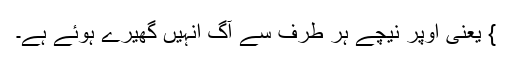
} یعنی اُوپر نیچے ہر طرف سے آگ انہیں گھیرے ہوئے ہے۔